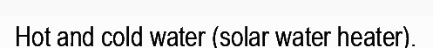
Hot and cold water (solar water heater).